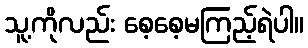
သူ့ကိုလည်း စေ့စေ့မကြည့်ရဲပါ။